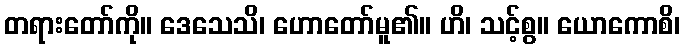
တရားတော်ကို။ ဒေသေသိ၊ ဟောတော်မူ၏။ ဟိ၊ သင့်စွ။ ယောကောစိ၊